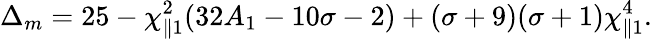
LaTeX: \Delta_{m}=25-\chi_{\parallel 1}^{2}(32A_{1}-10\sigma-2)+(\sigma+9)(\sigma+1)\chi_{\parallel 1}^{4}.